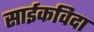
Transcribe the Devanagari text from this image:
साईकविदा